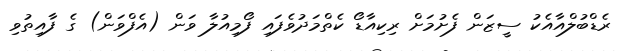
ރެޑްބުލްއާއެކު ސީޒަން ފެށުމަށް ރިކިއާޑޯ ކެތްމަދުވެފައި ފޯމިއުލާ ވަން (އެފްވަން) ގެ ފާއިތުވި